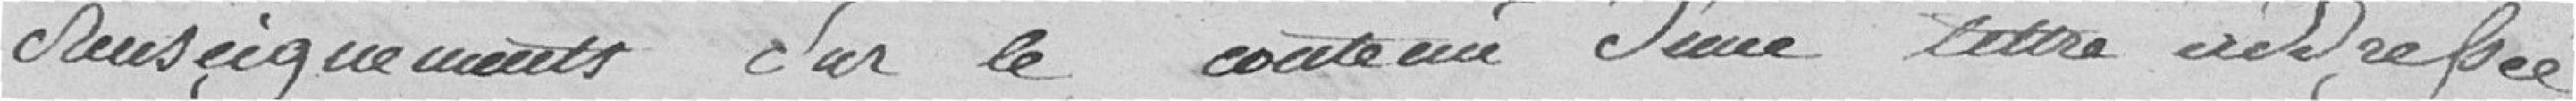
renseignements sur le contenu d'une lettre adressée